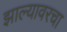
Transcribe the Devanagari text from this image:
झाल्यावरचा